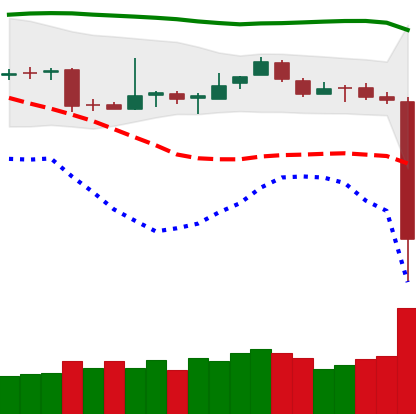
Ticker: BTC-USD
Chart end date: 2018-11-14
Forward return: -15.106%
Label: down_7plus